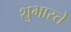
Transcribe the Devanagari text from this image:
शुभास्ते